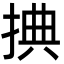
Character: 捵